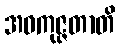
အဝကုဇ္ဇတာတိ